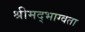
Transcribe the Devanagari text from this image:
श्रीमद्भाग्वता